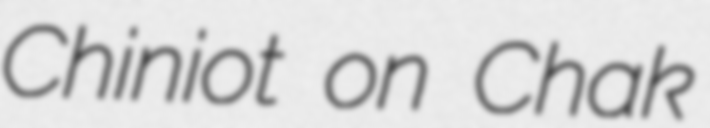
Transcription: Chiniot on Chak